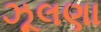
ઝૂલણા